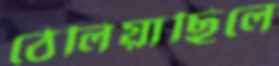
ঠেলিয়াছিলে